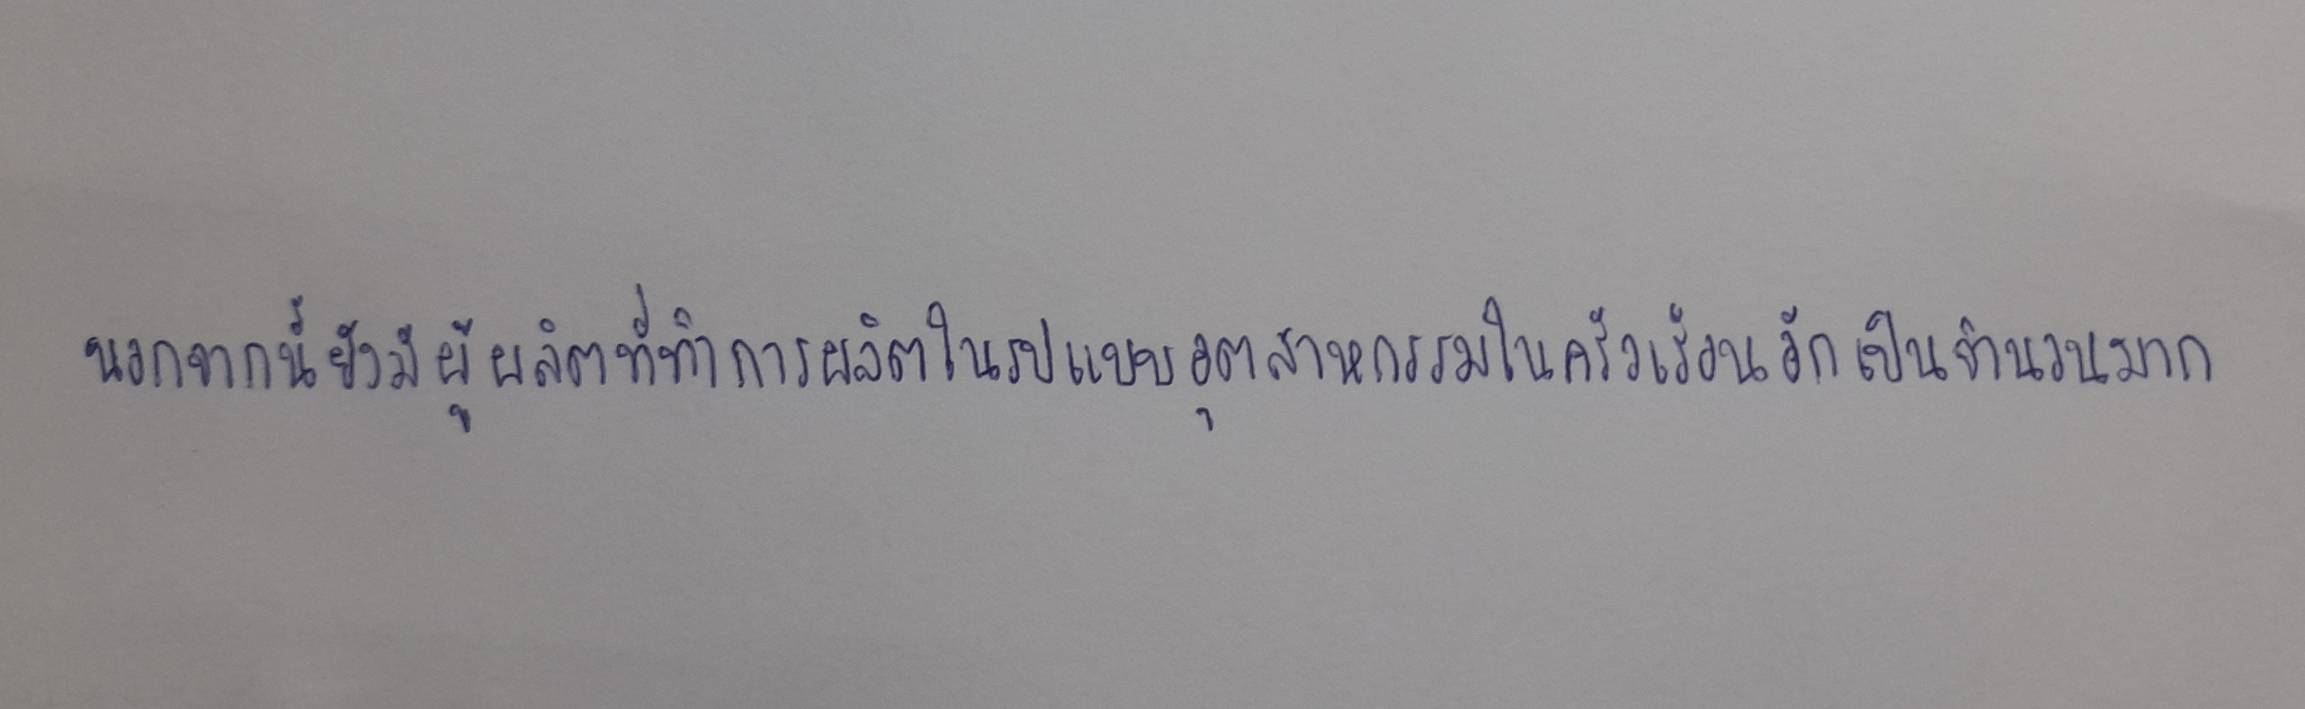
นอกจากนี้ยังมีผู้ผลิตที่ทำการผลิตในรูปอุตสาหกรรมในครัวเรือนอีกเป็นจำนวนมาก